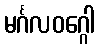
မင်္ဂလဝဂ္ဂေါ